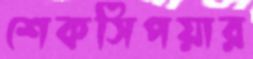
শেকসিপয়ার